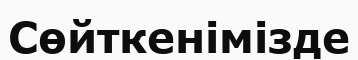
Сөйткенімізде